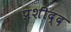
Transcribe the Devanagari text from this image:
प्रशीद्द